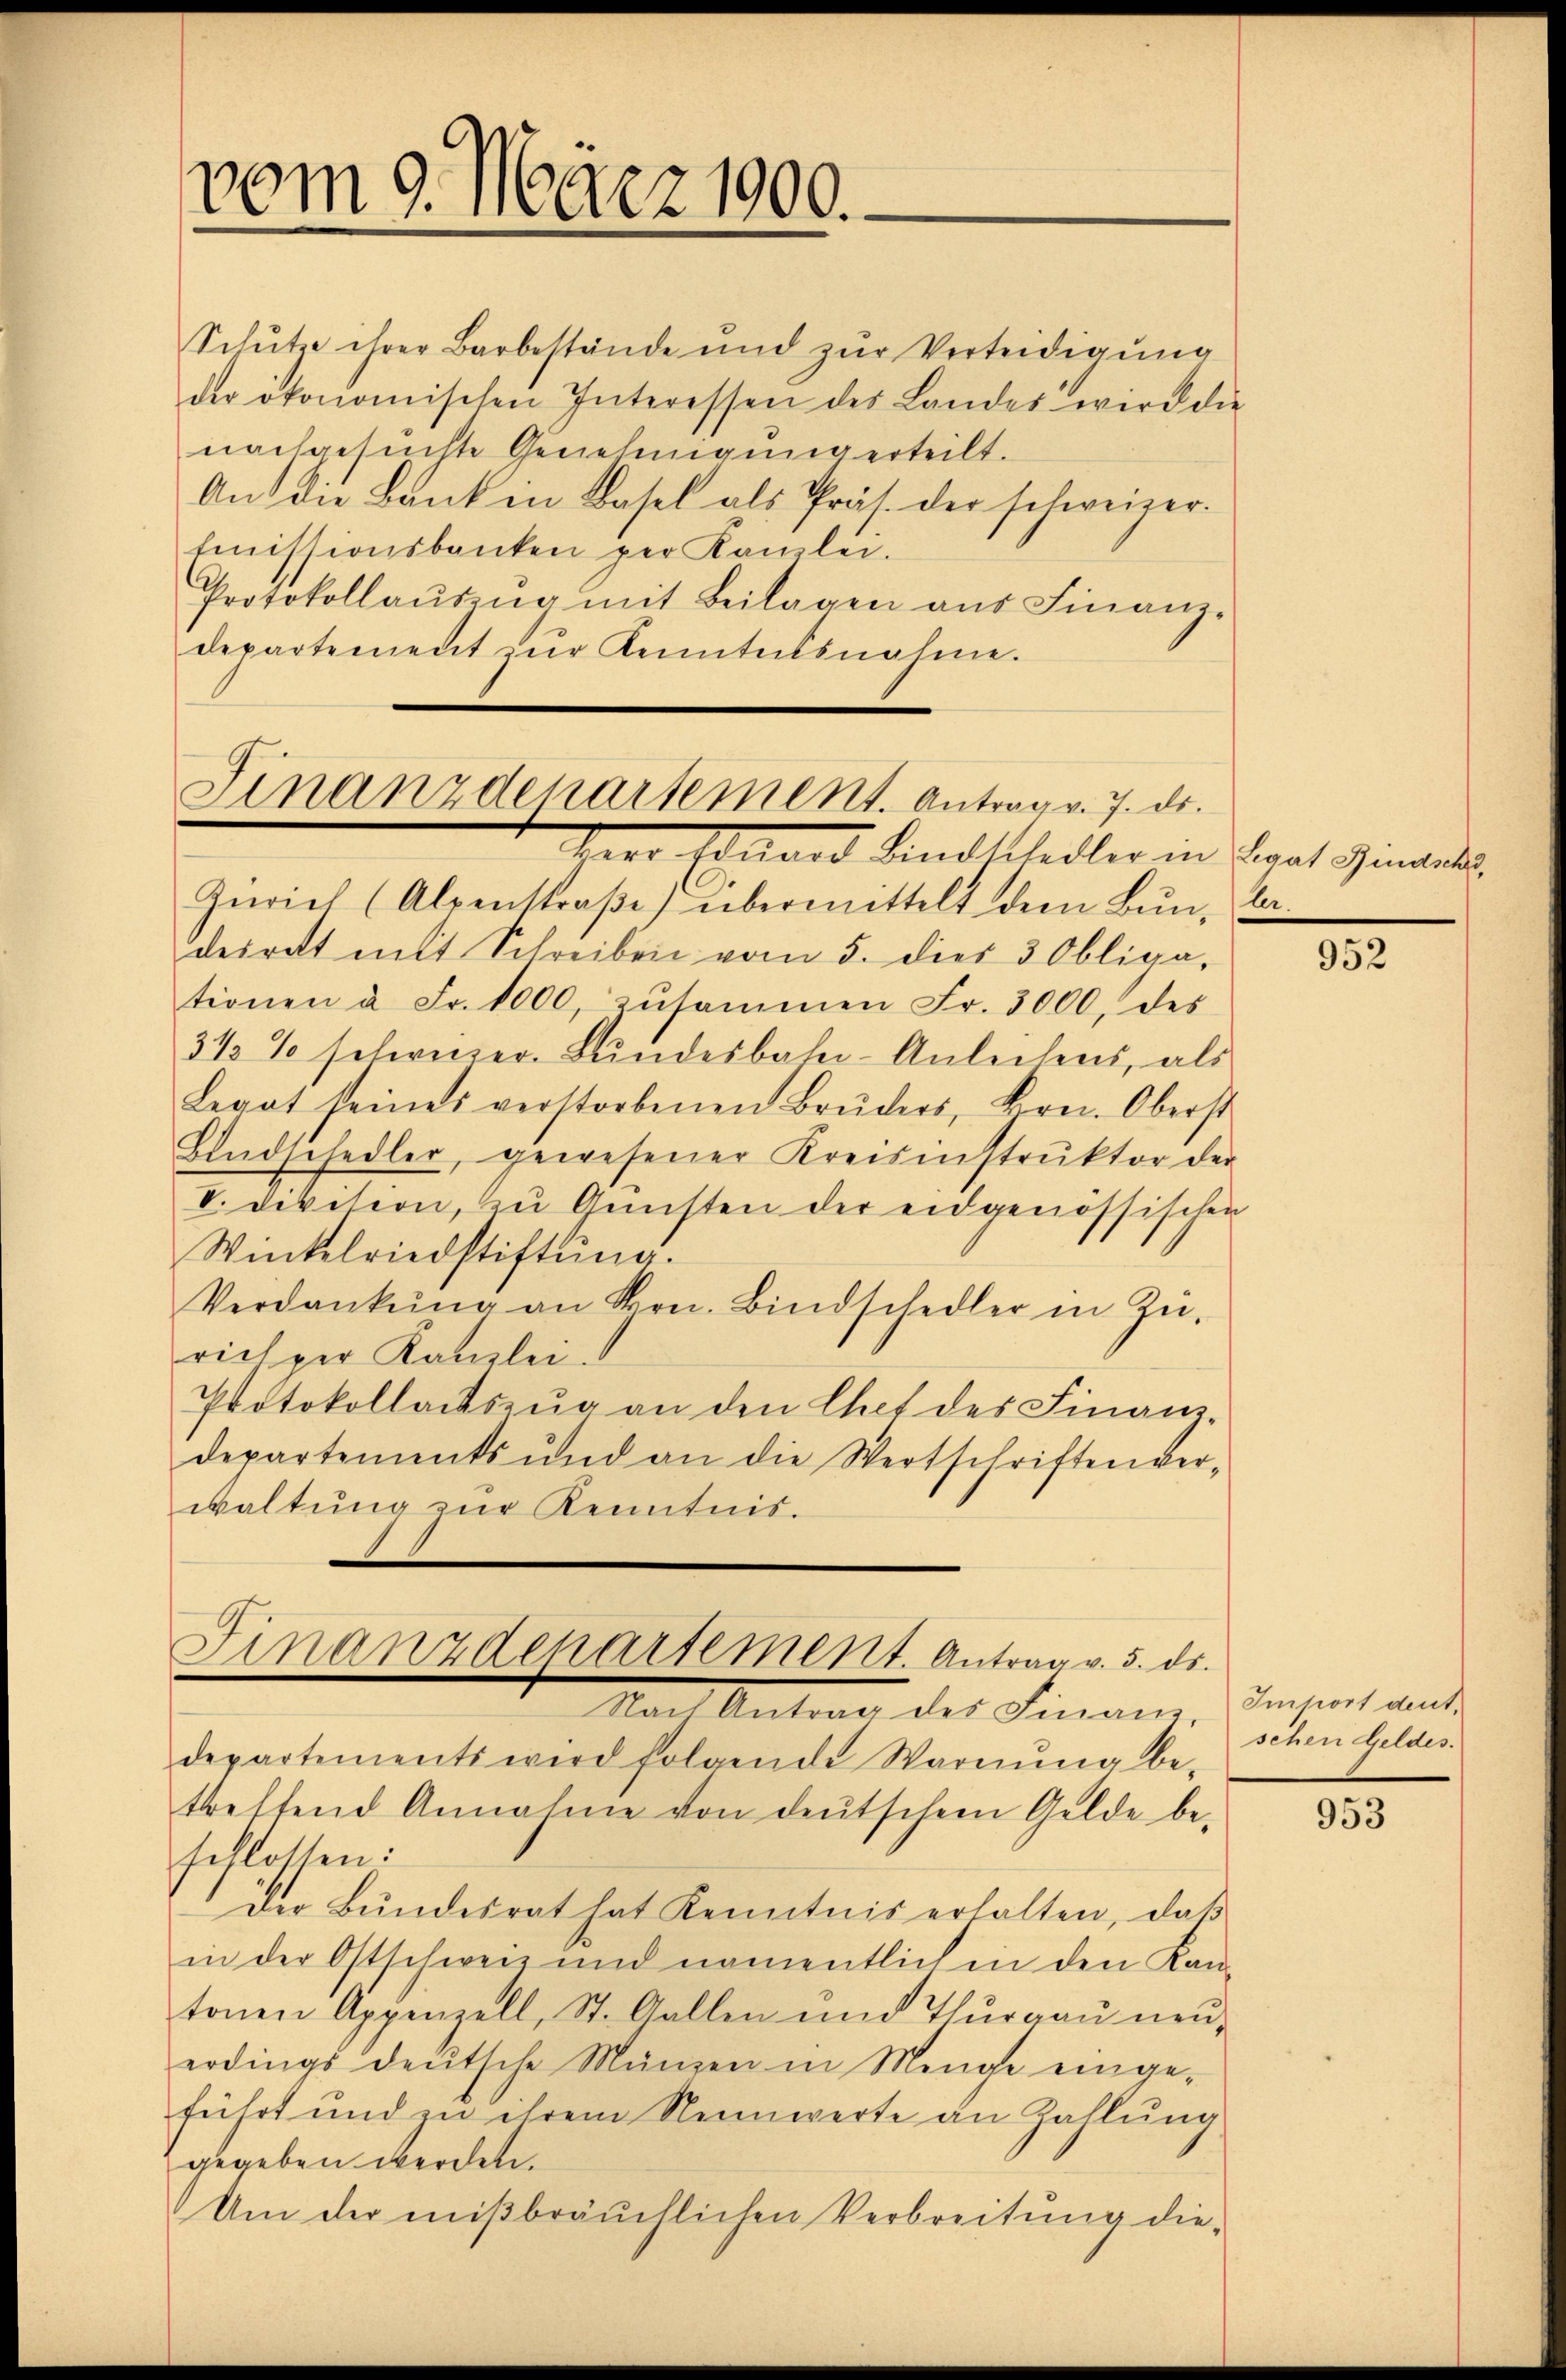
vom 9. März 1900.

Schutz ihrer Barbestände und zŭr Verteidigung
der ökonomischen Interessen des Landes wird die
nachgesuchte Genehmigung erteilt.
An die Bank in Basel als Präs. der schweizer.
Emissionsbanken per Kamlei.
Protokollaŭseng mit Beilagen aŭs Finanz-
departement zur Kenntnisnahme.

Finanzdepartement. Antrag v. 7. ds.
V Duard Bindschedler in Brat Genants,

Zürich (Alpenstraβe) übermittelt dem Bŭn, dadesrett mit Schreiben vom 5. dies 3 Obliga-
tionen à Fr. 1000 zŭsammen Fr. 3000, des
3 1/2 % schweizer. Bundesbahn-Anleihens, als
Legat seines verstorbenen Brüders, Hrn. Oberst
Bindschedler, gewesener Kreisinstrŭktor der
V. Division, zu Gunsten der eidgenössischen
Wintelriedstiftung.
Verdankŭng an Hrn. Bindschedler in Zŭ-
rich per Kanzlei.
Protokollatszŭg an den Chef des Finanz-
departements und an die Wertschriften ver-
waltung zur Kenntnis.
Finanzdepartement. Antrag v. 5. ds.
Nach Antrag des Finanz, densen ande
departements wird folgende Warnŭng be-
treffend Annahme von deutschem Gelde be-
schlossen:
Der Bŭndesrat hat Kenntnis erhalten, daβ
in der Ostschweiz und namentlich in den Kan-
tonen Appenzell, St. Gallen und Thurgau neuerdings deutsche Münzen in Menge einge-
führt und zu ihrem Nennwerte an Zahlung
gegeben werden.
Um der mißbräuchlichen Verbreitung die-

952

schen Geldes.

953